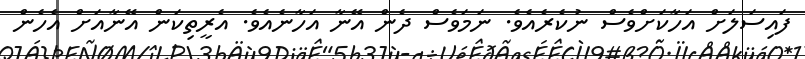
ފައިސަލަށް އަހާކަށްވެސް ނުކެރެއެވެ. ނަމަވެސް ދެން އޭނާ އަހާނެއެވެ. އެރީތިކަން އޭނާއަށް އެހެން